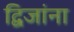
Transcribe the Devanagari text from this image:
द्विजांना